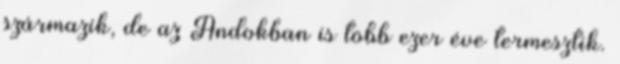
származik, de az Andokban is több ezer éve termesztik.